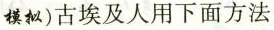
模拟)古埃及人用下面方法